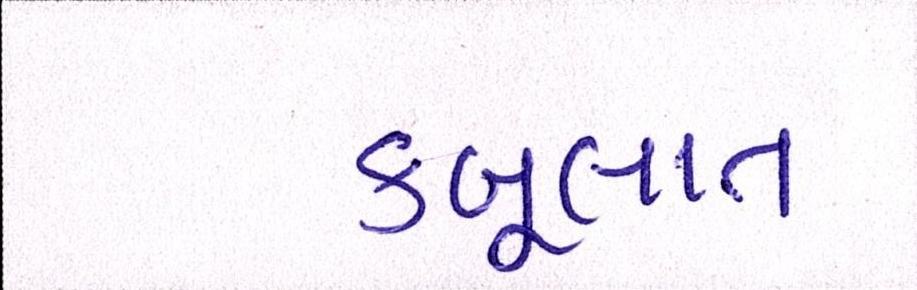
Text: કબૂલાત